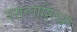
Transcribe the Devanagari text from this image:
शालाशिखर